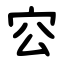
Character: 㝐